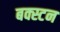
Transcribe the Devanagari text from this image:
बक्स्टन